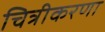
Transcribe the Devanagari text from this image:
चित्रीकरणा